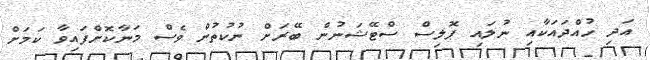
އަދި ހުއްދައަކާއި ނުލައި ޕޮލިސް ސްޓޭޝަނުން ބޭރަށް ނުކުތުން ވެސް މަނާކޮށްފައިވާ ކަމަށް